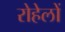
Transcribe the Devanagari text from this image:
रोहेलों